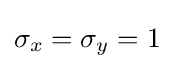
\sigma _{x}=\sigma _{y}=1